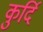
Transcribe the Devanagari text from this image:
कुर्दि